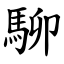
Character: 駠